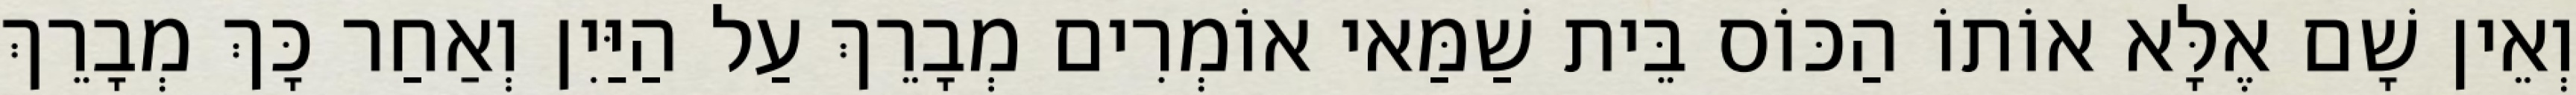
וְאֵין שָׁם אֶלָּא אוֹתוֹ הַכּוֹס בֵּית שַׁמַּאי אוֹמְרִים מְבָרֵךְ עַל הַיַּיִן וְאַחַר כָּךְ מְבָרֵךְ